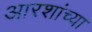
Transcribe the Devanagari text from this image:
आरशांच्या